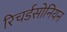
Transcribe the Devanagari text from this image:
रिचर्डसोनियन